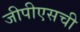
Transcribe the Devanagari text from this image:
जीपीएसची